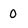
Character: 0